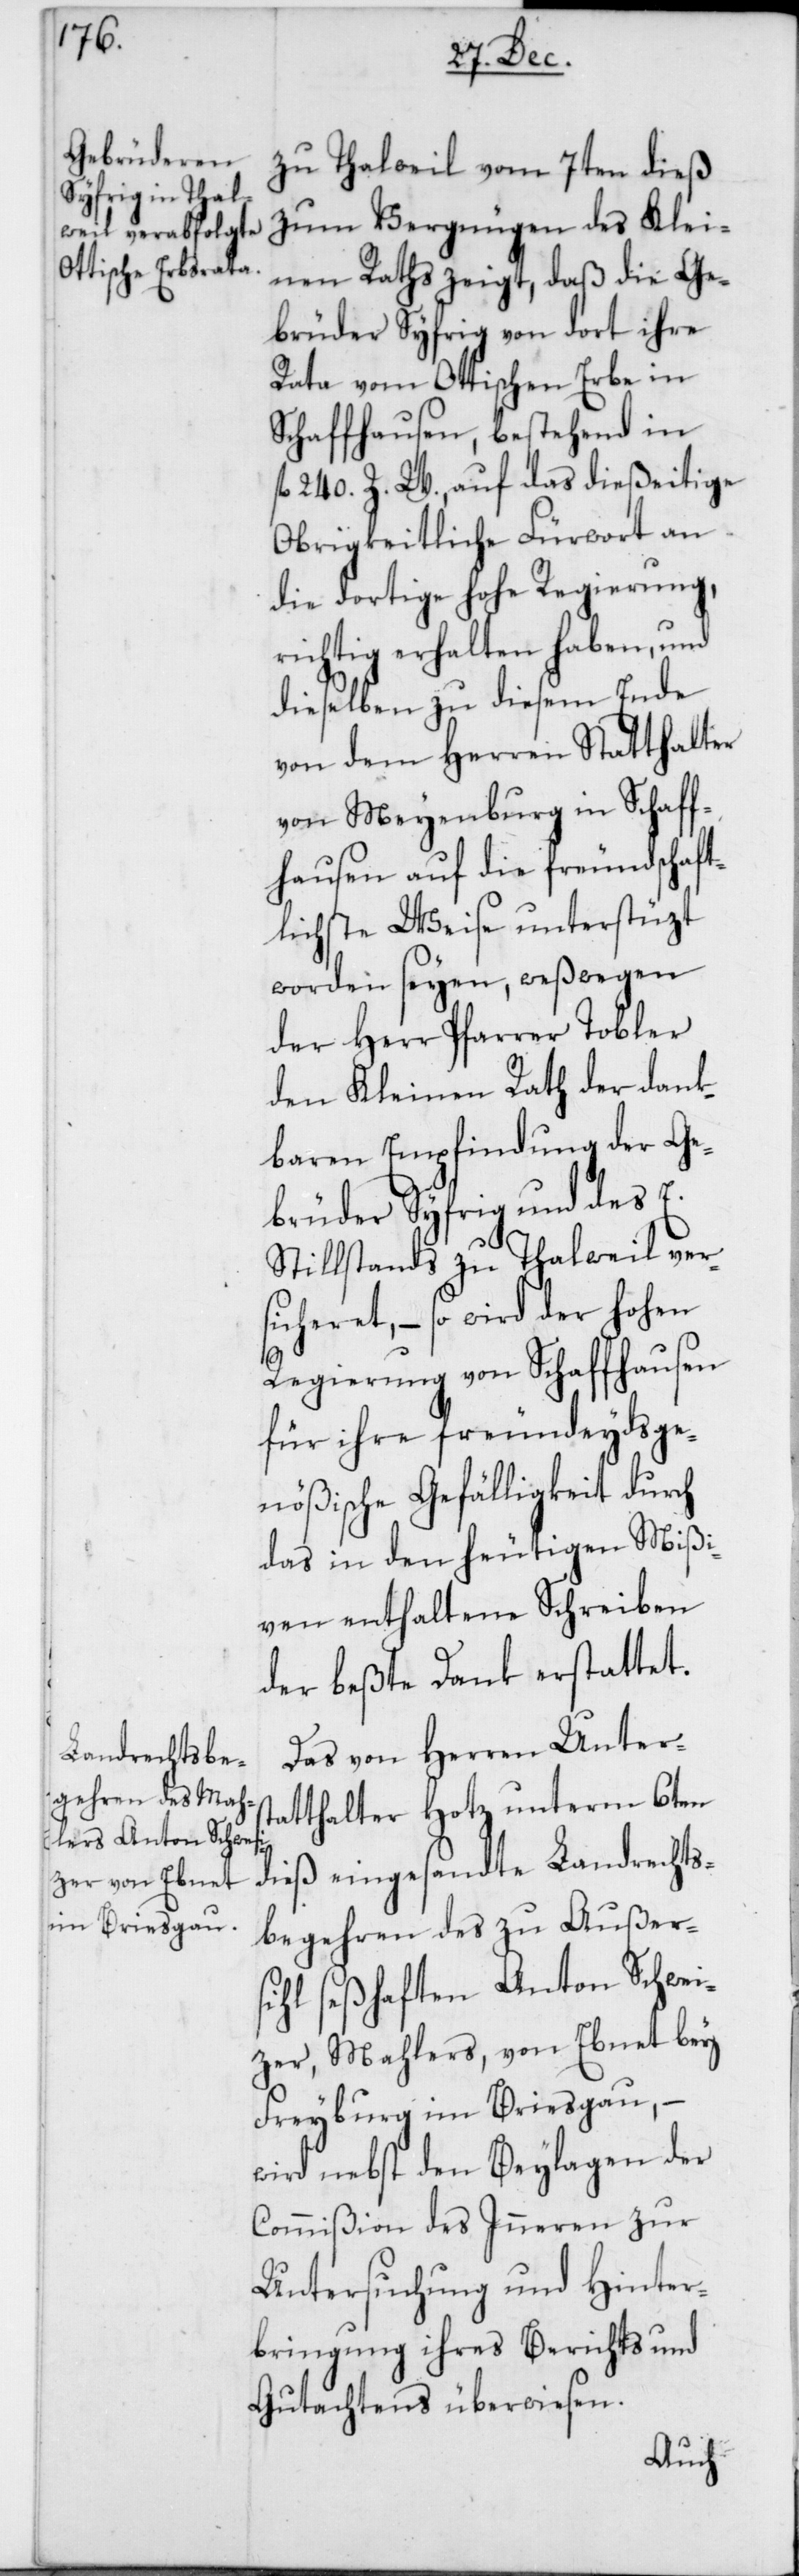
zu Thalweil vom 7ten dieß
zum Vergnügen des Klei¬
nen Raths zeigt, daß die Ge¬
brüder Syfrig von dort ihre
Rata vom Ottischen Erbe in
Schaffhausen, bestehend in
fl. 240. Z. W., auf das dießeitige
Obrigkeitliche Fürwort an
die dortige Hohe Regierung,
richtig erhalten haben, und
dieselben zu diesem Ende
von dem Herren Statthalter
von Meyenburg in Schaff¬
hausen auf die freundschaft¬
lichste Weise unterstüzt
worden seyen, weßwegen
der Herr Pfarrer Tobler
den Kleinen Rath der dank¬
baren Empfindung der Ge¬
brüder Syfrig und des E.
Stillstands zu Thalweil vers¬
icheret, – so wird der Hohen
Regierung von Schaffhausen
für ihre freundeydsge¬
nößische Gefälligkeit durch
das in den heutigen Mißi¬
ven enthaltene Schreiben
der beßte Dank erstattet.
Das von Herren Unters¬
tatthalter Hotz unterm 6ten
dieß eingesandte Landrechts¬
begehren des zu Außer¬
sihl seßhaften Anton Schwei¬
zer, Mahlers, von Ebnet bey
Freyburg im Briesgau, –
wird nebst den Beylagen der
Commißion des Inneren zur
Untersuchung und Hinter¬
bringung ihres Berichts und
Gutachtens überwiesen.